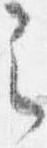
之